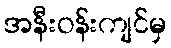
အနီးဝန်းကျင်မှ